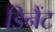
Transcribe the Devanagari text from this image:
डिनैंट